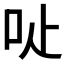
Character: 𠯬